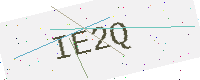
Text: IE2Q